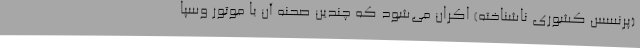
(پرنسس کشوری ناشناخته) اکران می‌شود که چندین صحنه آن با موتور وسپا